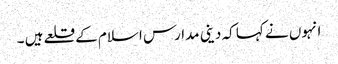
انہوں نے کہا کہ دینی مدارس اسلام کے قلعے ہیں ۔